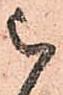
被